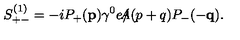
S _ { + - } ^ { ( 1 ) } = - i P _ { + } ( { \bf p } ) \gamma ^ { 0 } e \slash \! \! \! \! A ( p + q ) P _ { - } ( - { \bf q } ) .